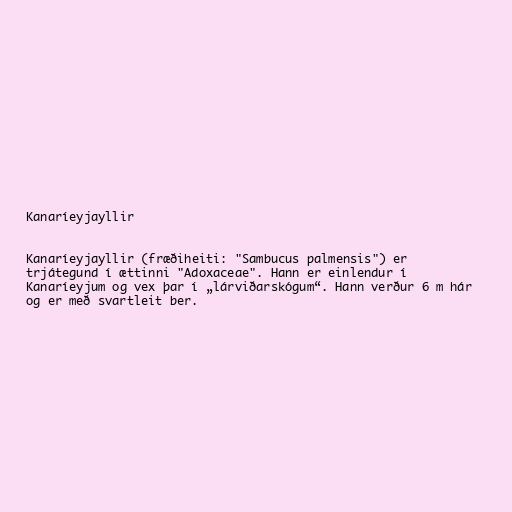
Kanaríeyjayllir

Kanaríeyjayllir (fræðiheiti: "Sambucus palmensis") er
trjátegund í ættinni "Adoxaceae". Hann er einlendur í
Kanaríeyjum og vex þar í „lárviðarskógum“. Hann verður 6 m hár
og er með svartleit ber.